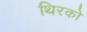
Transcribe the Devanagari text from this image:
थिरको